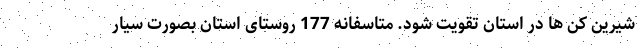
شیرین کن ها در استان تقویت شود. متاسفانه 177 روستای استان بصورت سیار